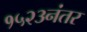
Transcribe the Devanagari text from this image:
१५२३नंतर